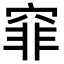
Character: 𥦯